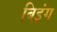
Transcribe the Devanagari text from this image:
बिइंग